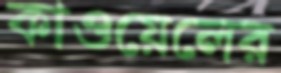
কাওয়েলের